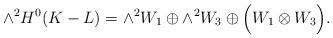
LaTeX: \begin{align*}\wedge ^2 H^0(K-L) = \wedge ^2 W_1 \oplus \wedge ^2 W_3 \oplus \Big( W_1 \otimes W_3 \Big).\end{align*}